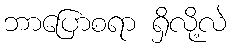
ဘာပြောစရာ ရှိလို့လဲ